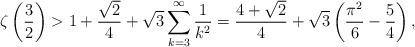
LaTeX: \begin{align*} \zeta\left(\frac32\right)>1+\frac{\sqrt{2}}{4}+\sqrt{3} \sum_{k=3}^\infty \frac{1}{k^2} =\frac{4+\sqrt{2}}{4}+\sqrt{3} \left(\frac{\pi^2}{6}-\frac54\right),\end{align*}